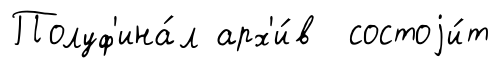
Полуф'ина́л арх'и́в состоjи́т